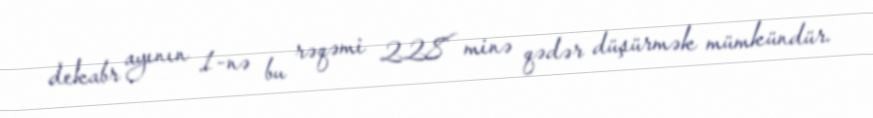
dekabr ayının 1-nə bu rəqəmi 228 minə qədər düşürmək mümkündür.